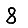
Digit: 8